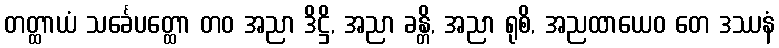
တတ္ထာယံ သင်္ခေပတ္ထော တဝ အညာ ဒိဋ္ဌိ, အညာ ခန္တိ, အညာ ရုစိ, အညထာယေဝ တေ ဒဿနံ